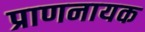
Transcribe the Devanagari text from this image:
प्राणनायक